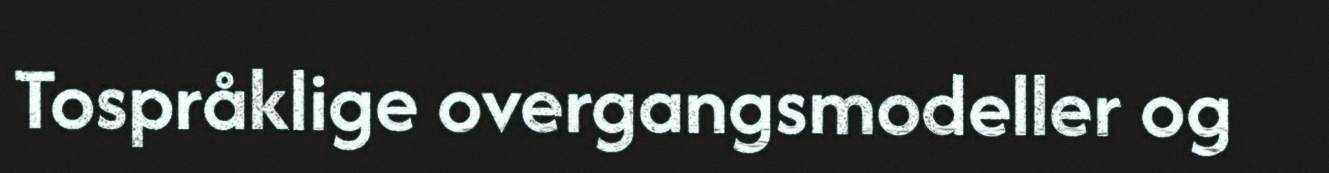
Tospråklige overgangsmodeller og